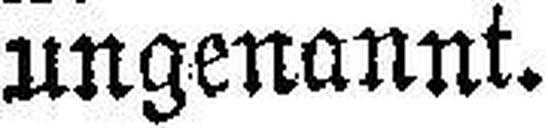
ungenannt.